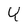
Character: Y